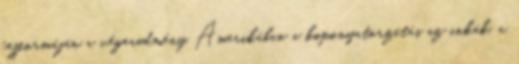
fejformáján a végeredmény Amerikában a koponyatorzítás az inkák, a